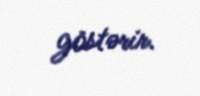
göstərir.